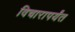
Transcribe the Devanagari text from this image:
विचारापर्यंत